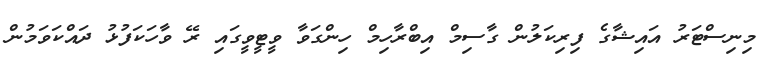
މިނިސްޓަރު އައިޝާގެ ފިރިކަލުން ގާސިމް އިބްރާހިމް ހިންގަވާ ވީޓީވީގައި ރޭ ވާހަކަފުޅު ދައްކަވަމުން